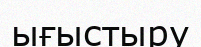
ығыстыру